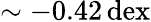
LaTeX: \mathrm{\sim-0.42\, dex}